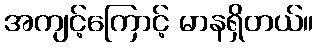
အကျင့်ကြောင့် မာနရှိတယ်။